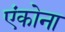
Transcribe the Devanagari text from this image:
एंकोना